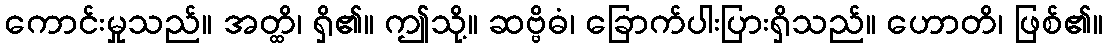
ကောင်းမှုသည်။ အတ္ထိ၊ ရှိ၏။ ဤသို့။ ဆဗ္ဗိဓံ၊ ခြောက်ပါးပြားရှိသည်။ ဟောတိ၊ ဖြစ်၏။